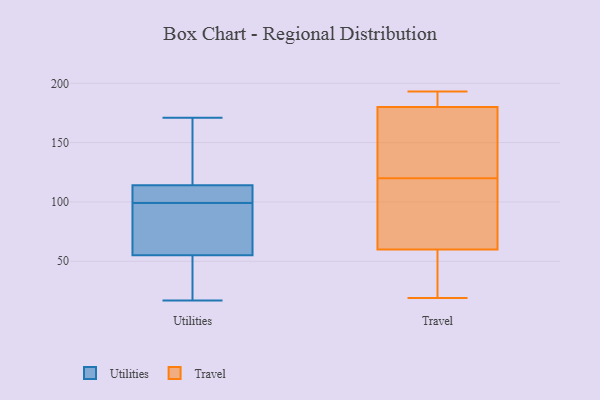
{"axis": {"x": "LTV (USD)", "y": "Value"}, "legend": ["Travel", "Utilities"], "data": [{"x": "", "y": 156, "type": "Utilities"}, {"x": "", "y": 171, "type": "Utilities"}, {"x": "", "y": 17, "type": "Utilities"}, {"x": "", "y": 81, "type": "Utilities"}, {"x": "", "y": 99, "type": "Utilities"}, {"x": "", "y": 99, "type": "Utilities"}, {"x": "", "y": 122, "type": "Utilities"}, {"x": "", "y": 33, "type": "Utilities"}, {"x": "", "y": 106, "type": "Utilities"}, {"x": "", "y": 78, "type": "Utilities"}, {"x": "", "y": 19, "type": "Utilities"}, {"x": "", "y": 129, "type": "Utilities"}, {"x": "", "y": 103, "type": "Utilities"}, {"x": "", "y": 77, "type": "Utilities"}, {"x": "", "y": 27, "type": "Utilities"}, {"x": "", "y": 101, "type": "Utilities"}, {"x": "", "y": 117, "type": "Travel"}, {"x": "", "y": 180, "type": "Travel"}, {"x": "", "y": 103, "type": "Travel"}, {"x": "", "y": 193, "type": "Travel"}, {"x": "", "y": 123, "type": "Travel"}, {"x": "", "y": 30, "type": "Travel"}, {"x": "", "y": 68, "type": "Travel"}, {"x": "", "y": 180, "type": "Travel"}, {"x": "", "y": 181, "type": "Travel"}, {"x": "", "y": 35, "type": "Travel"}, {"x": "", "y": 148, "type": "Travel"}, {"x": "", "y": 19, "type": "Travel"}, {"x": "", "y": 60, "type": "Travel"}, {"x": "", "y": 140, "type": "Travel"}]}